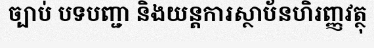
ច្បាប់ បទបញ្ជា និងយន្តការស្ថាប័នហិរញ្ញវត្ថុ